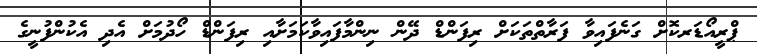
ޕްރީއޯޑަރކޮށް ގަނެފައިވާ ފަރާތްތަކަށް ރިފަންޑް ދޭން ނިންމާފައިވާކަމަށާއި ރިފަންޑް ހޯދުމަށް އެދި އެކުންފުނީގެ